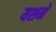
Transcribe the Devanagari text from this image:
यशने